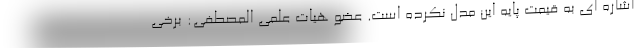
اشاره ای به قیمت پایه این مدل نکرده است. عضو هیات علمی المصطفی: برخی